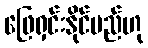
ဖြေရှင်းနိုင်မည်ဟု